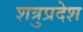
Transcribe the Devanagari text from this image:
शत्रुप्रदेश